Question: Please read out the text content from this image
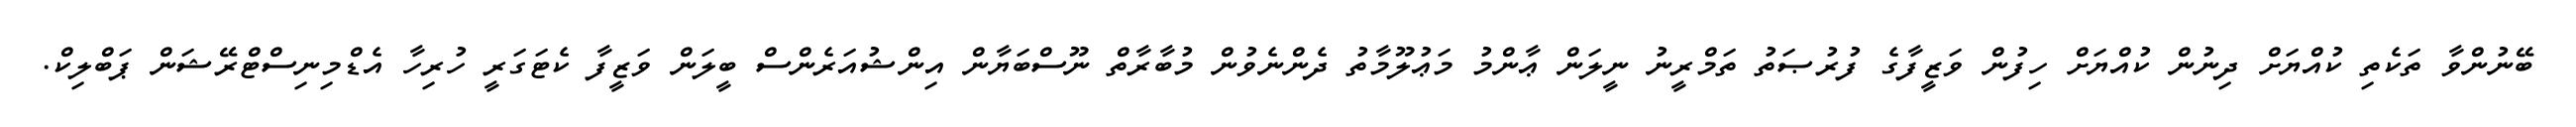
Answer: ބޭނުންވާ ތަކެތި ކުއްޔަށް ދިނުން ކުއްޔަށް ހިފުން ވަޒީފާގެ ފުރުޞަތު ތަމްރީނު ނީލަން ޢާންމު މަޢުލޫމާތު ދެންނެވުން މުބާރާތް ނޫސްބަޔާން އިންޝުއަރެންސް ބީލަން ވަޒީފާ ކެޓަގަރީ ހުރިހާ އެޑްމިނިސްޓްރޭޝަން ޕަބްލިކް.